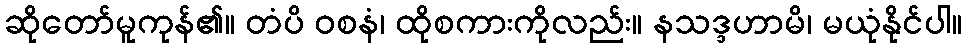
ဆိုတော်မူကုန်၏။ တံပိ ဝစနံ၊ ထိုစကားကိုလည်း။ နသဒ္ဒဟာမိ၊ မယုံနိုင်ပါ။